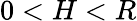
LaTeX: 0<H<R